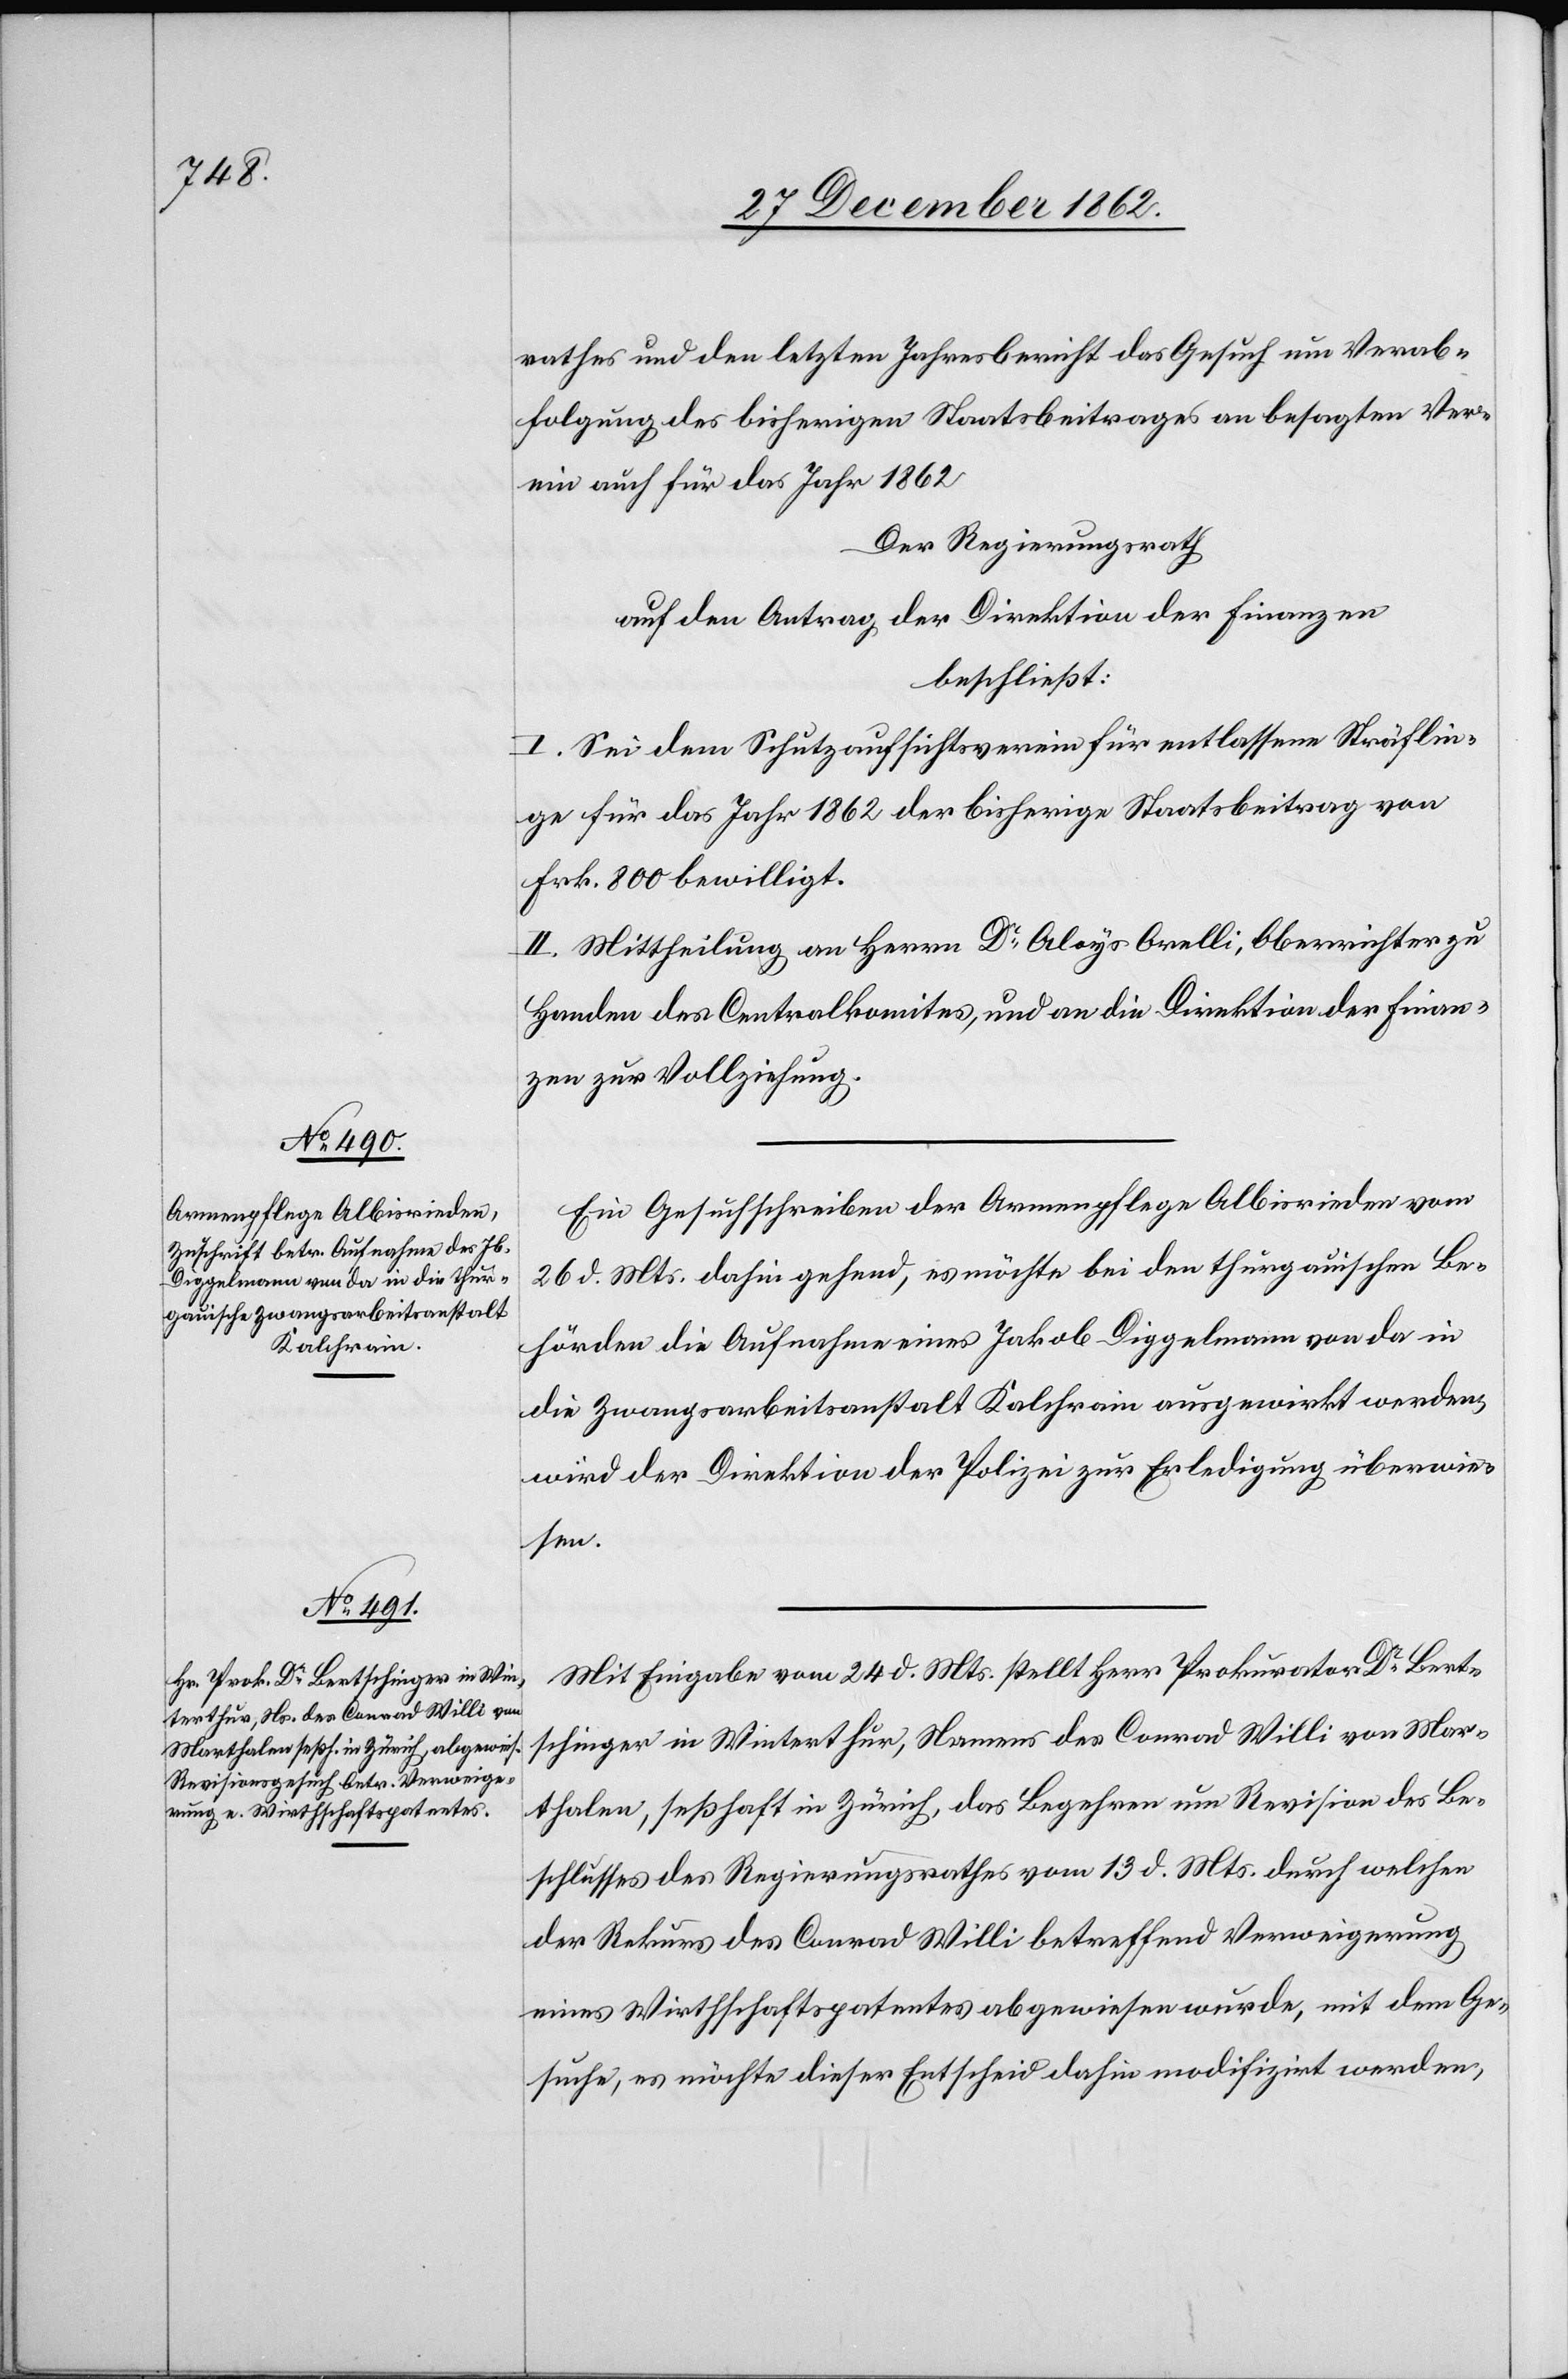
rathes und den letzten Jahresbericht das Gesuch um Verab¬
folgung des bisherigen Staatbeitrages an besagten Ver¬
ein auch für das Jahr 1862.
Der Regierungsrath
auf den Antrag der Direktion der Finanzen
beschließt:
I. Sei dem Schutzaufsichtsverein für entlassene Sträflin¬
ge für das Jahr 1862 der bisherige Staatbeitrag von
Frk. 800 bewilligt.
II. Mittheilung an Herrn Dr Alois Orelli, Oberrichter zu
Handen des Centralkomites, und an die Direktion der Finan¬
zen zur Vollziehung.
Ein Gesuchschreiben der Armenpflege Albisrieden vom
26. d. Mts. dahin gehend, es möchte bei den thurgauischen Be¬
hörden die Aufnahme eines Jakob Diggelmann von da in
die Zwangsarbeitsanstalt Kalchrain ausgewirkt werden,
wird der Direktion der Polizei zur Erledigung überwie¬
sen.
Mit Eingabe vom 24. d. Mts. stellt Herr Prokurator Dr Bert¬
schinger in Winterthur, Namens des Conrad Willi von Mar¬
thalen, seßhaft in Zürich, das Begehren um Revision des Be¬
schlusses des Regierungsrathes vom 13. d. Mts. durch welchen
der Rekurs des Conrad Willi betreffend Verweigerung
eines Wirthschaftspatentes abgewiesen wurde, mit dem Ge¬
suche, es möchte dieser Entscheid dahin modifizirt werden,